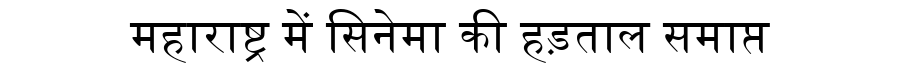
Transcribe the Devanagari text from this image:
महाराष्ट्र में सिनेमा की हड़ताल समाप्त